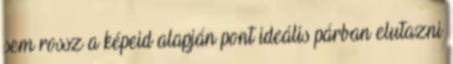
sem rossz a képeid alapján pont ideális párban elutazni